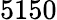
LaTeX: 5150